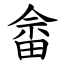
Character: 畲